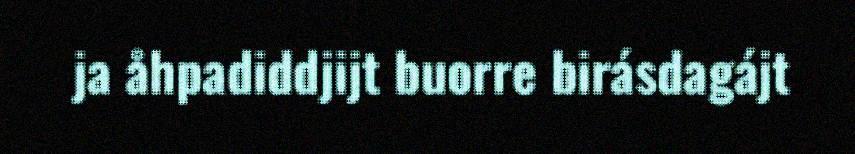
ja åhpadiddjijt buorre birásdagájt